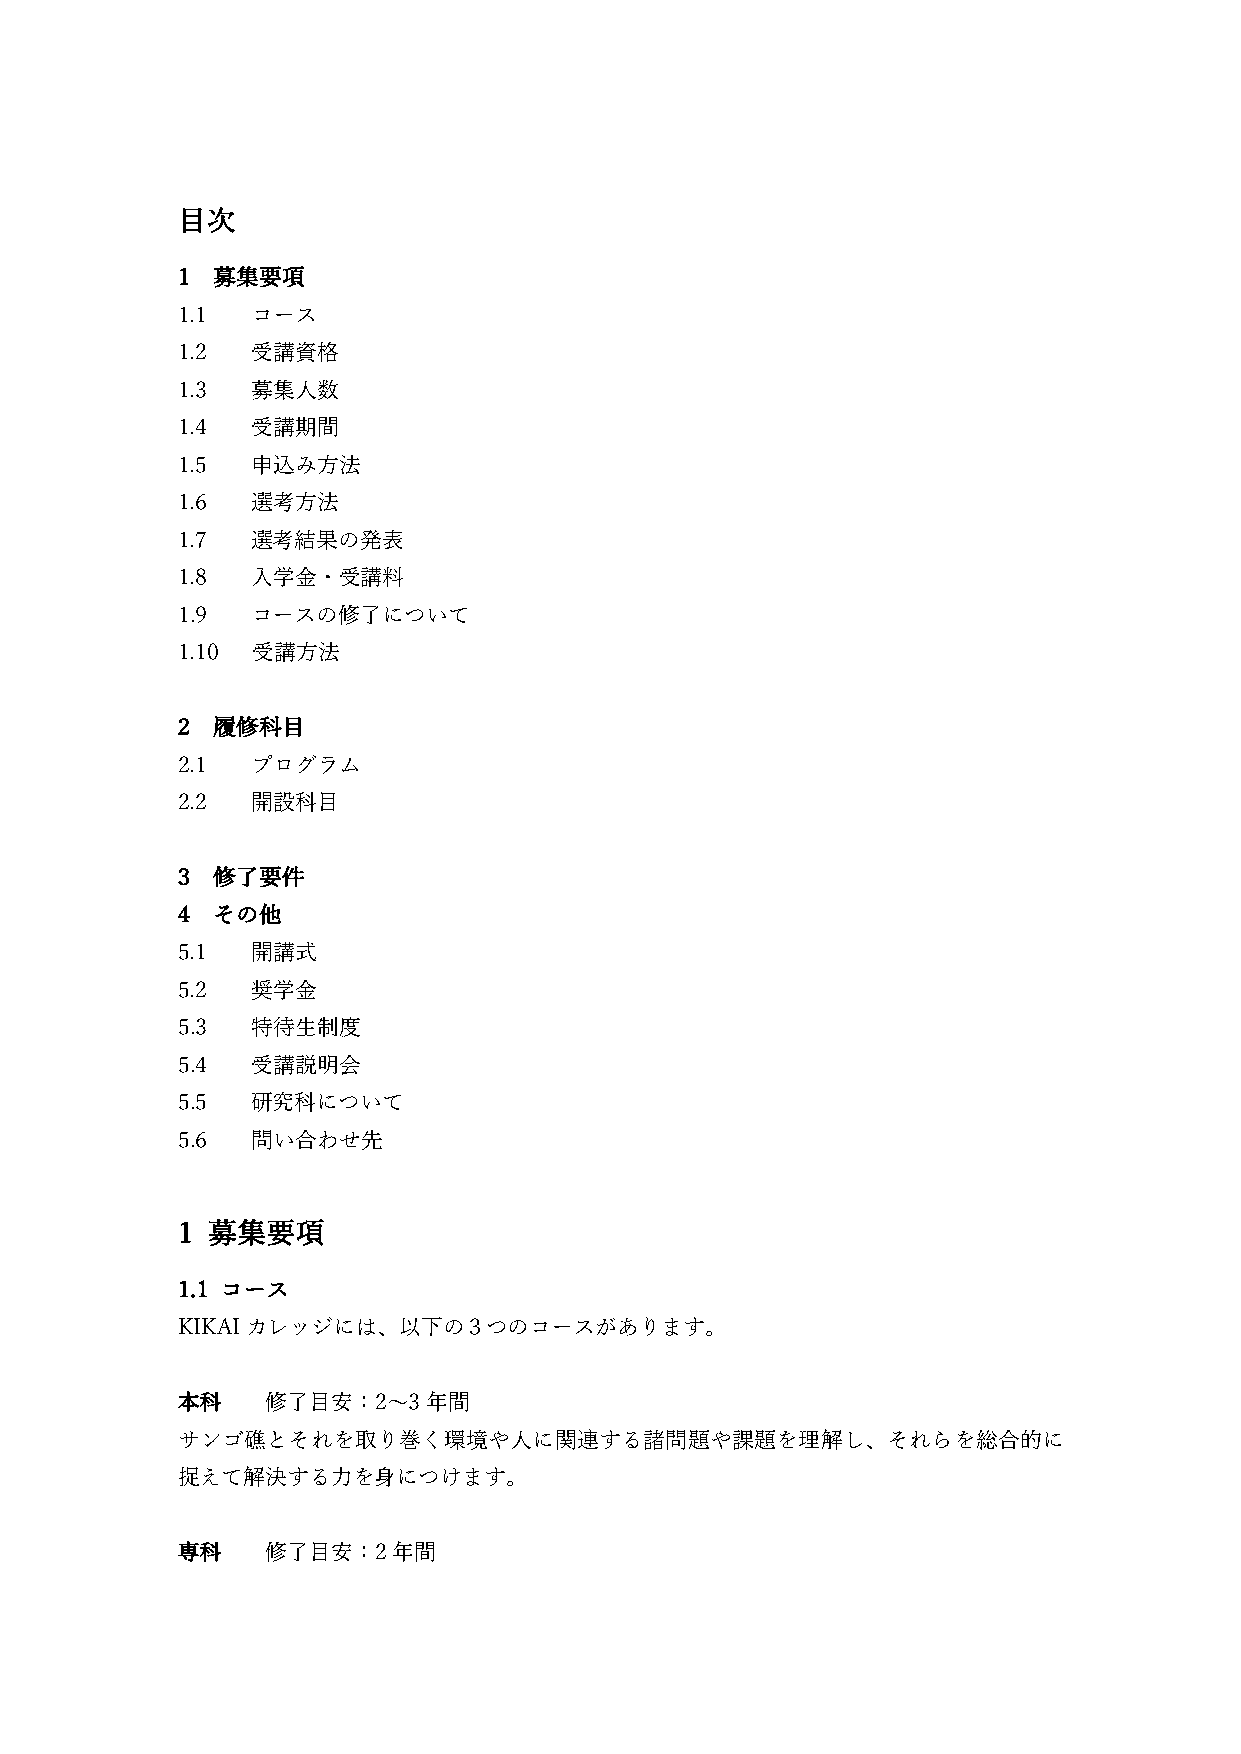
⽬次
 1 募集要項
 1.1  コース
 1.2  受講資格
 1.3  募集⼈数
 1.4  受講期間
 1.5  申込み⽅法
 1.6  選考⽅法
 1.7  選考結果の発表
 1.8  ⼊学⾦・受講料
 1.9  コースの修了について
 1.10 受講⽅法
 2 履修科⽬
 2.1  プログラム
 2.2  開設科⽬
 3 修了要件
 4 その他
 5.1  開講式
 5.2  奨学⾦
 5.3  特待⽣制度
 5.4  受講説明会
 5.5  研究科について
 5.6  問い合わせ先
 1 募集要項
 1.1 コース
 KIKAIカレッジには、以下の３つのコースがあります。
 本科    修了⽬安：2〜3年間
 サンゴ礁とそれを取り巻く環境や⼈に関連する諸問題や課題を理解し、それらを総合的に
 捉えて解決する⼒を⾝につけます。
 専科    修了⽬安：2年間